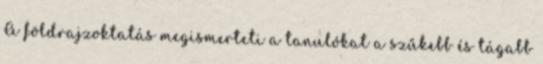
A földrajzoktatás megismerteti a tanulókat a szűkebb és tágabb